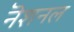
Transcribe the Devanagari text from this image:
नॆशनल